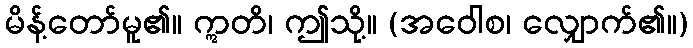
မိန့်တော်မူ၏။ ဣတိ၊ ဤသို့။ (အဝေါစ၊ လျှောက်၏။)